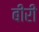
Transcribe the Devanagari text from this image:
बीरी